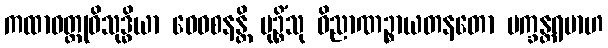
ကထာဝတ္ထုဝိသုဒ္ဓိယာ ဝေဝစနန္တိ မုဉ္စိံသု ဝိညာဏဉ္စာယတနတော ပက္ခန္တရမာဟ